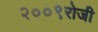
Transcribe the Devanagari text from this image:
२००९रोजी